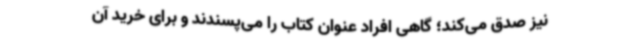
نیز صدق می‌کند؛ گاهی افراد عنوان کتاب را می‌پسندند و برای خرید آن